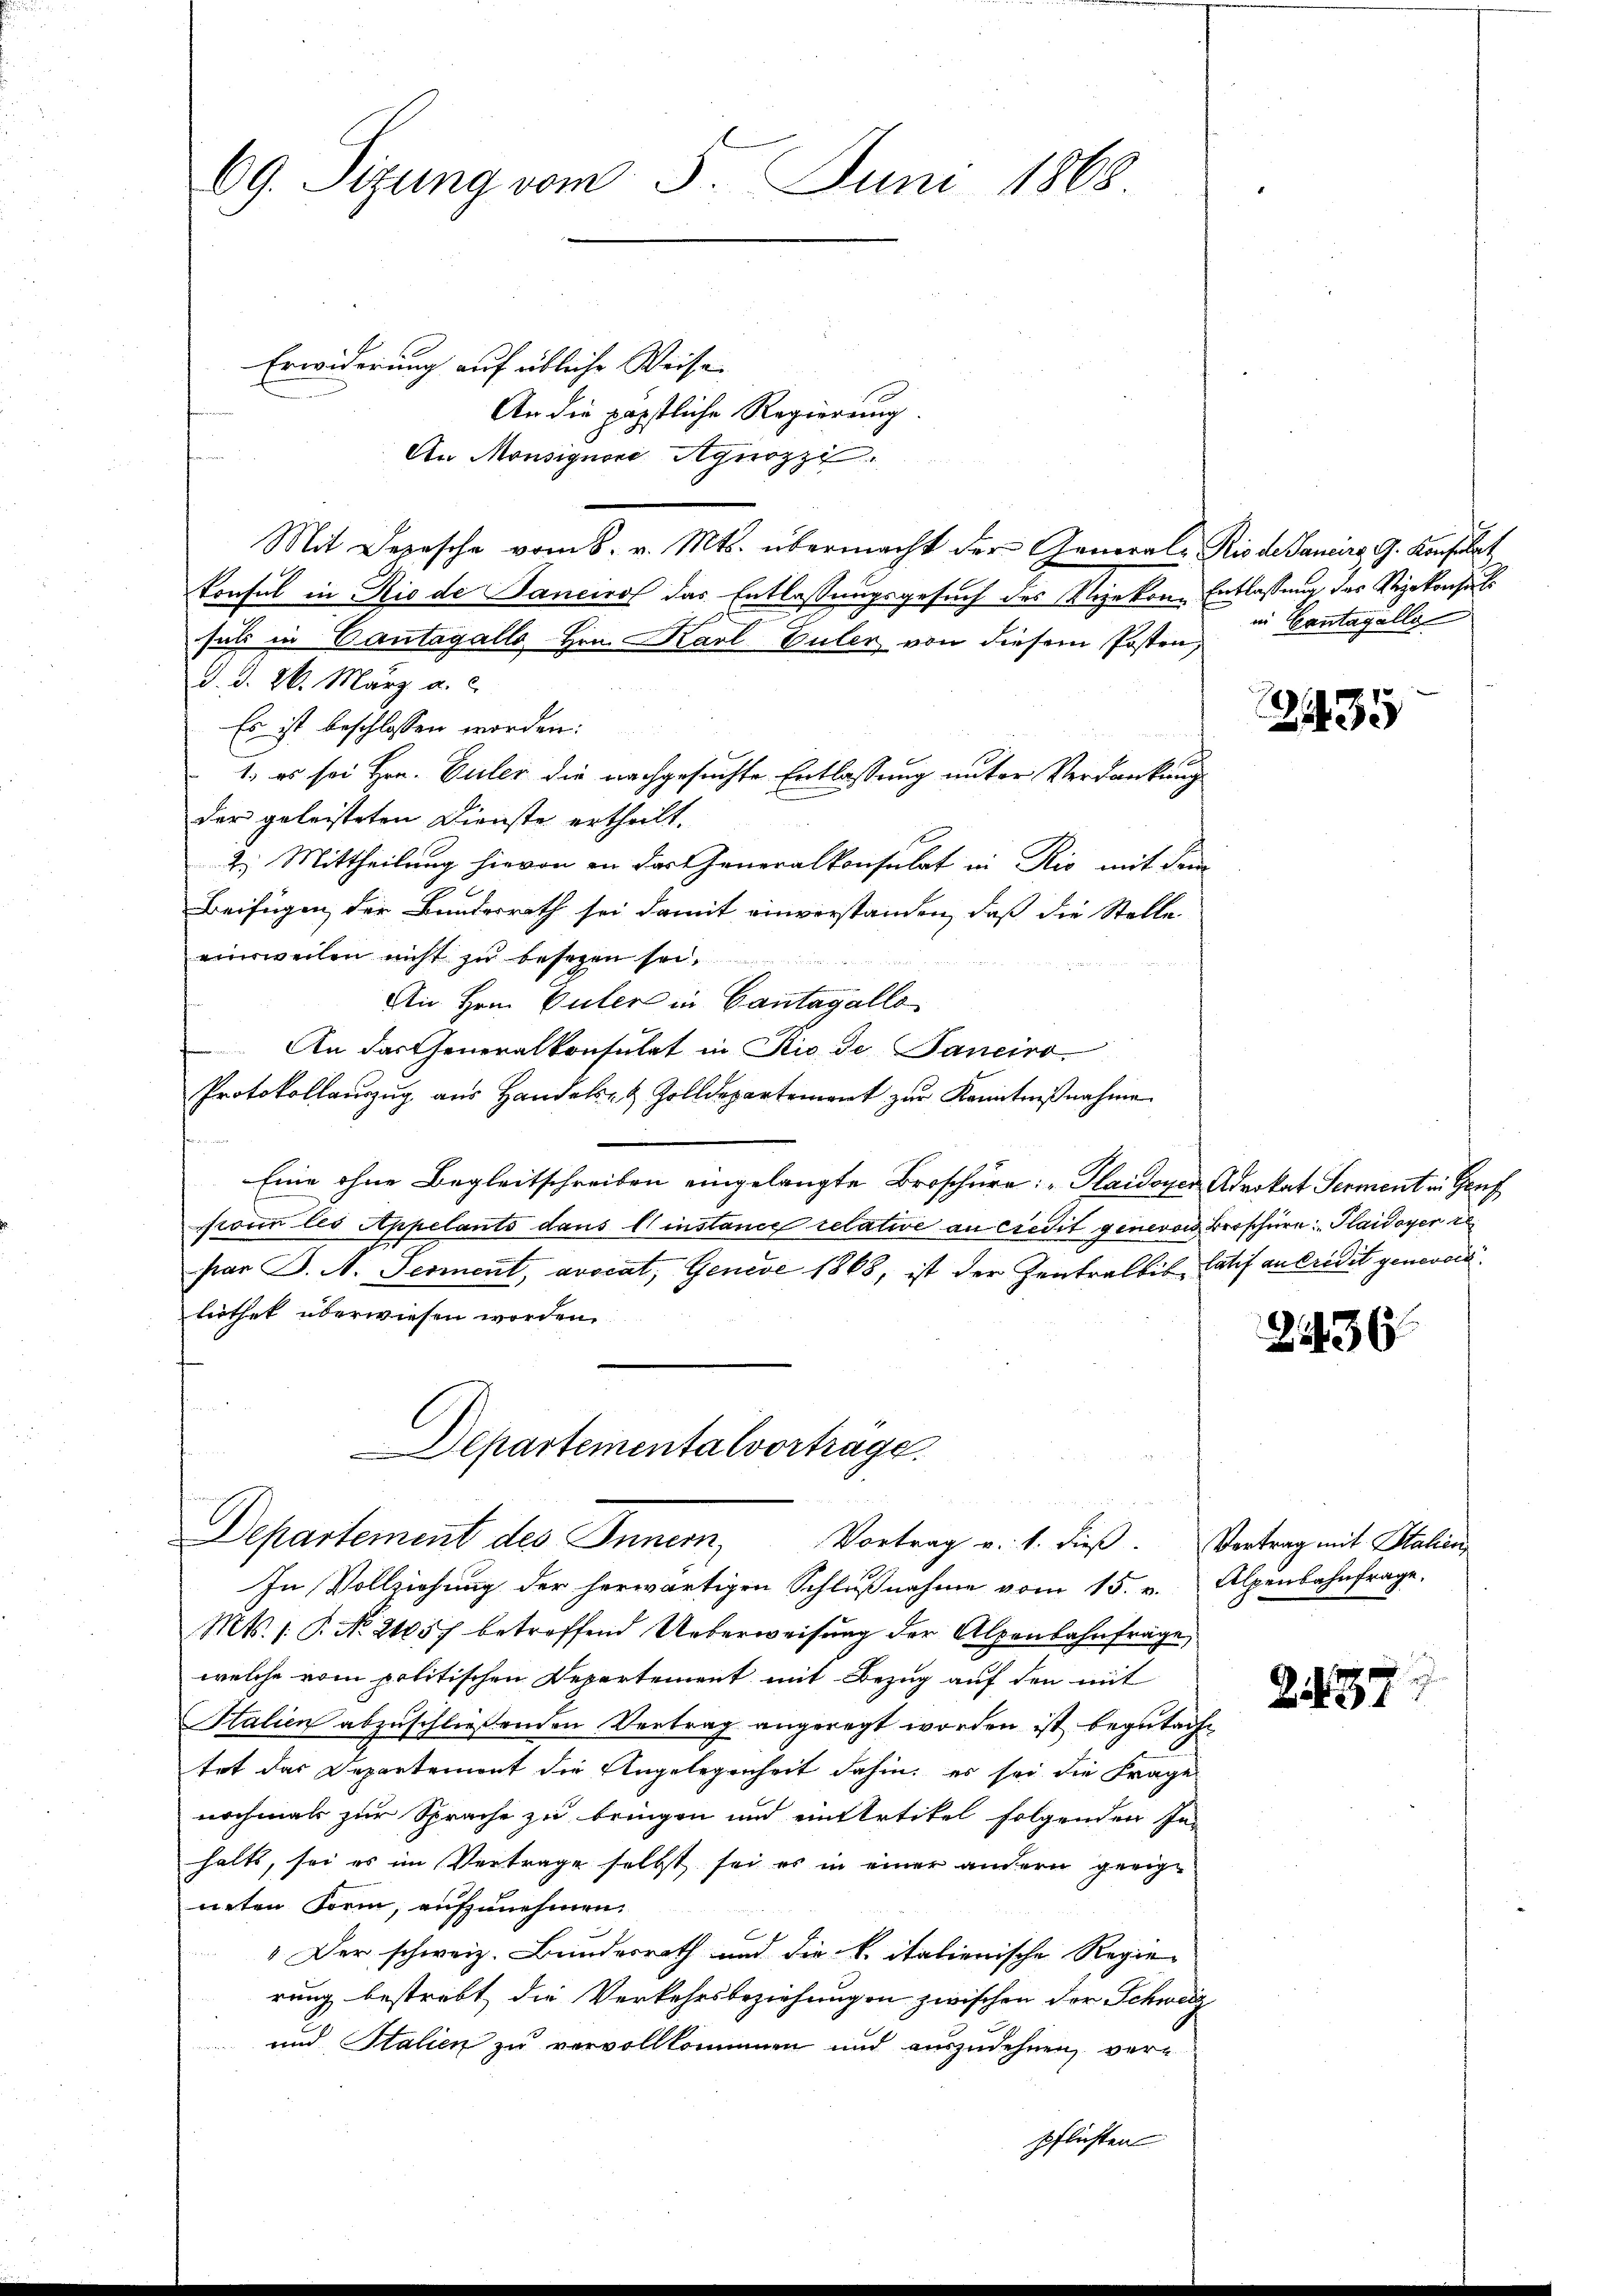
69. Sizung vom 5. Juni 1868.

Erwiderung auf übliche Weise
An die päpstliche Regierung.
An Monsignori Agnozz
Mit Depesche vom 8. v. Mts. übermacht der Generale Rio de Sanders G. Konfilet
Konsul in Rio de Janeiro das Entlassungsgesuch des Vizekon-Entlassung des Vizekonsuls
sals in Cantagalls Hrn. Karl-Vuler von diesem Posten,
d. d. 26. März a. c.
Es ist beschlossen worden:
1. es sei Hrn. Euler die nachgesuchte Entlassung unter Verdankung
der geleisteten Dienste ertheilt.
2.) Mittheilung hievon in das Generalkonsulat in Rio mit dem
Beifügen der Bundesrath sei damit einverstanden, daß die Stelle
einweilen nicht zŭ besagen sei.
An Hrn. Guler in Cantagallo
An das Generalkonsulat in Rio de Janeiro
Protokollaŭszŭg aŭs Handels- & Zolldepartement zŭr Kenntniβnahme
Eine ohne Begleitschreiben eingelangte Broschüra: „Plaidoyer Advokat Serment in Genf
Pronn les Appelants dans l’instance relative an Credit genevon Broschüre „Haidoyer i
par J. A. Serient, avocat, Genève 1868, ist der Zentralbis, Catif an Credit genevois
liothek überwiesen worden.
.
Departemental vortrage

Departement des Innern, Vortrag v. 1. dieß. Vortrag mit Stalien,

In Vollziehung der herwärtigen Schlußnahme vom 15. v. Alpenbahnfrage,
Mts. (T. No. 2157 betreffend Ueberweisung der Alpenbahnfräge,
welche vom politischen Departement mit Bezug auf den mit
Salien abzuschließenden Vertrag angeregt worden ist begutacht
tet das Departemont die Angelegenheit dahin, es sei die Frage
nochmals zur Sprache zu bringen und eintertikel folgenden In-
halts, sei es im Vertrage selbst sei es in einer andern geeigneten Form, aufzunehmen.
C
" Der schweiz. Bundesrath und die k. italienische Regie-
rung bestrebt, die Verkehrsbeziehungen zwischen der Schweiz
und Italien zu vervollkommen und auszudehnen, verpflichten

in Cantagello

12435

2236

Z 37